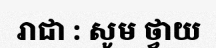
រាជា : សូម ថ្វាយ